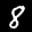
Label: 8